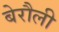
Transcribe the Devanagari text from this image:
बेरौली